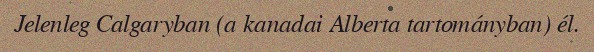
Jelenleg Calgaryban (a kanadai Alberta tartományban) él.